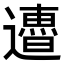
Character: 𨘜